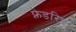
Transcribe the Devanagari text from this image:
फ़्रेडरिच